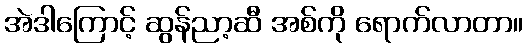
အဲဒါကြောင့် ဆွန်ညာ့ဆီ အစ်ကို ရောက်လာတာ။